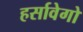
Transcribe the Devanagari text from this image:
हर्सावेगो